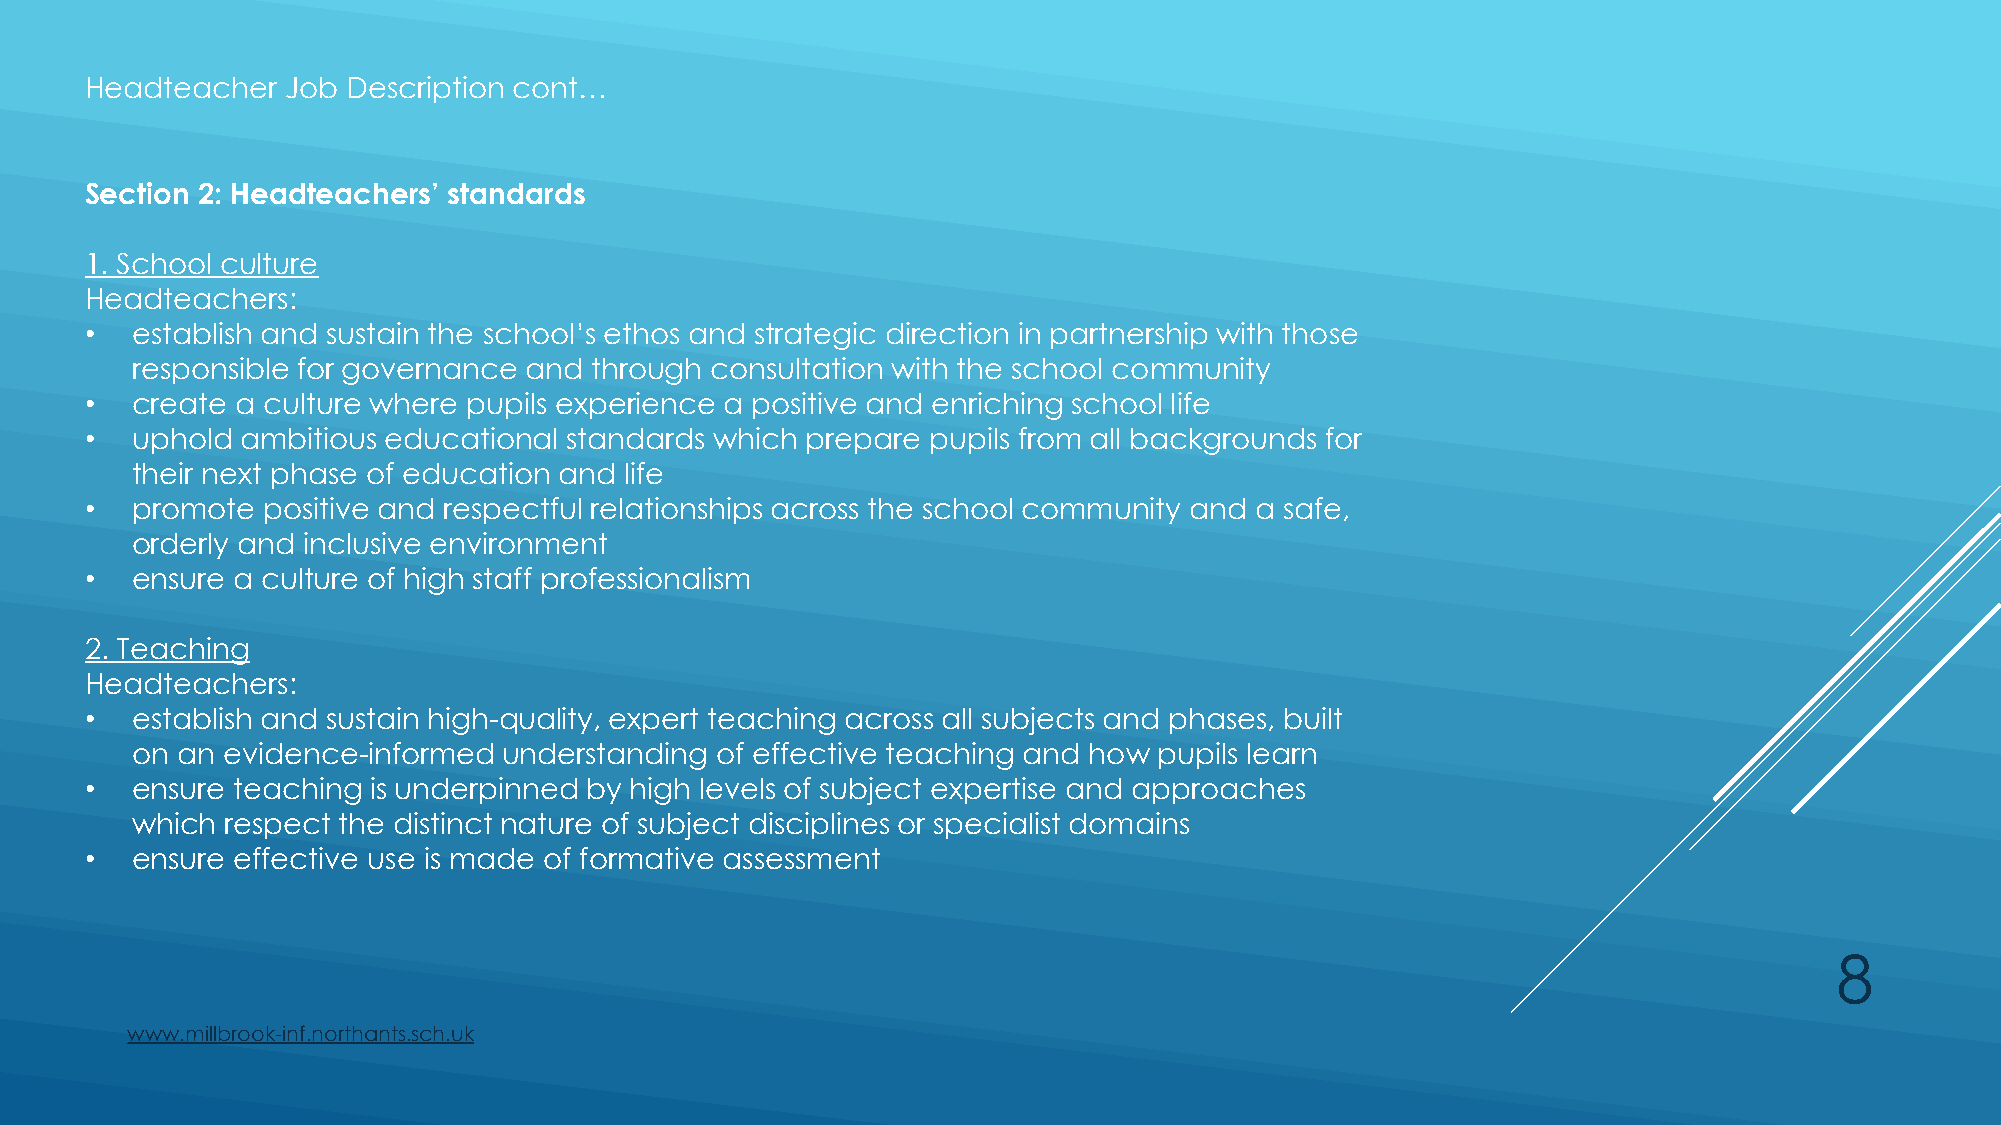
Headteacher  Job Description cont…
 Section 2: Headteachers’ standards
 1. School culture
 Headteachers:
 •  establish and sustain the school’s ethos and strategic direction in partnership with those
 responsible for governance and through consultation with the school community
 •  create a culture where pupils experience a positive and enriching school life
 •  uphold ambitious educational standards which prepare pupils from all backgrounds for
 their next phase of education and life
 •  promote positive and respectful relationships across the school community and a safe,
 orderly and inclusive environment
 •  ensure a culture of high staff professionalism
 2. Teaching
 Headteachers:
 •  establish and sustain high-quality, expert teaching across all subjects and phases, built
 on an evidence-informed understanding of effective teaching and how pupils learn
 •  ensure teaching is underpinned by high levels of subject expertise and approaches
 which respect the distinct nature of subject disciplines or specialist domains
 •  ensure effective use is made of formative assessment
 8
 www.millbrook-inf.northants.sch.uk